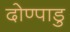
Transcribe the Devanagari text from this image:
दोण्पाडु